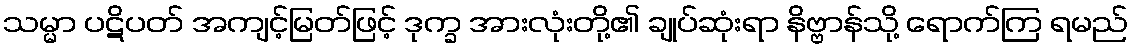
သမ္မာ ပဋိပတ် အကျင့်မြတ်ဖြင့် ဒုက္ခ အားလုံးတို့၏ ချုပ်ဆုံးရာ နိဗ္ဗာန်သို့ ရောက်ကြ ရမည်